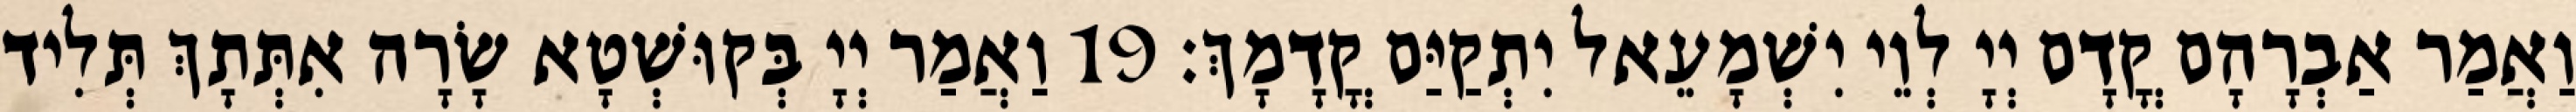
וַאֲמַר אַבְרָהָם קֳדָם יְיָ לְוֵי יִשְׁמָעֵאל יִתְקַיַּם קֳדָמָךְ׃ 19 וַאֲמַר יְיָ בְּקוּשְׁטָא שָׂרָה אִתְּתָךְ תְּלִיד